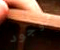
لاوجود